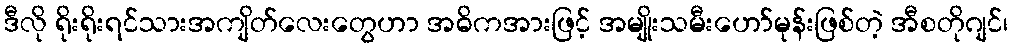
ဒီလို ရိုးရိုးရင်သားအကျိတ်လေးတွေဟာ အဓိကအားဖြင့် အမျိုးသမီးဟော်မုန်းဖြစ်တဲ့ အီစတိုဂျင်၊